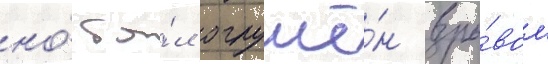
но́ бы́л оглушё́н взры́вом